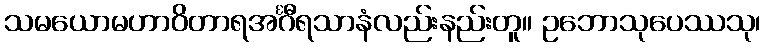
သမယောမဟာဝိတာရအင်္ဂီရသာနံလည်းနည်းတူ။ ဥဘောသုပေဿသု၊